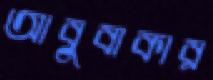
আবুবাকার